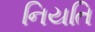
નિયતિ